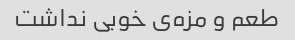
طعم و مزه‌ی خوبی نداشت